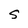
Character: S